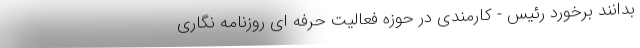
بدانند برخورد رئیس - کارمندی در حوزه فعالیت حرفه ای روزنامه نگاری